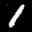
Label: 1